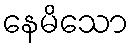
နေမိသော